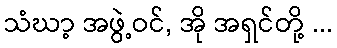
သံဃာ့ အဖွဲ့ဝင်, အို အရှင်တို့ ...